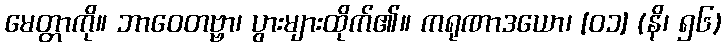
မေတ္တာကို။ ဘာဝေတဗ္ဗာ၊ ပွားများထိုက်၏။ ကရုဏာဒယော၊ [၀၁] (နိ၊ ၅၆)